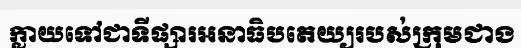
ក្លាយទៅជាទីផ្សារអនាធិបតេយ្យរបស់ក្រុមជាង